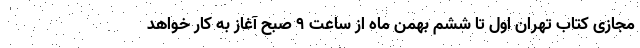
مجازی کتاب تهران اول تا ششم بهمن ماه از ساعت ۹ صبح آغاز به کار خواهد